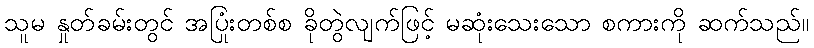
သူမ နှုတ်ခမ်းတွင် အပြုံးတစ်စ ခိုတွဲလျက်ဖြင့် မဆုံးသေးသော စကားကို ဆက်သည်။